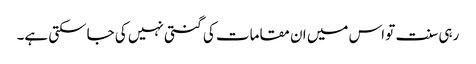
رہی سنت تو اس میں ان مقامات کی گنتی نہیں کی جاسکتی ہے۔